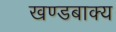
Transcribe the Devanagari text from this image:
खण्डबाक्य